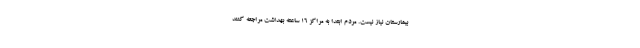
بیمارستان نیاز نیست. مردم ابتدا به مراکز ۱۶ ساعته بهداشت مراجعه کنند